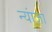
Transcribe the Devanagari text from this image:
न्यांज़ा